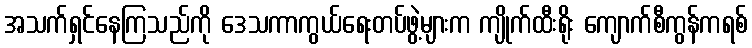
အသက်ရှင်နေကြသည်ကို ဒေသကာကွယ်ရေးတပ်ဖွဲ့များက ကျိုက်ထီးရိုး ကျောက်စီကွန်ကရစ်